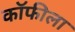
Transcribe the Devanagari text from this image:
कॉफीला